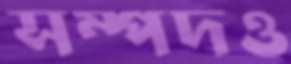
সম্পদও